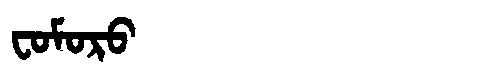
Manchu: ᠸᠣᠮᠣᡵᠣ
Romanization: FOMORO